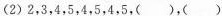
（2）2，3，4，5，4，5，4，5，（ ），（ ）